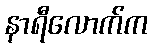
နာရီလောက်က